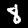
Label: 8